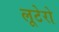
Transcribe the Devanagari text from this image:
लूटेरो